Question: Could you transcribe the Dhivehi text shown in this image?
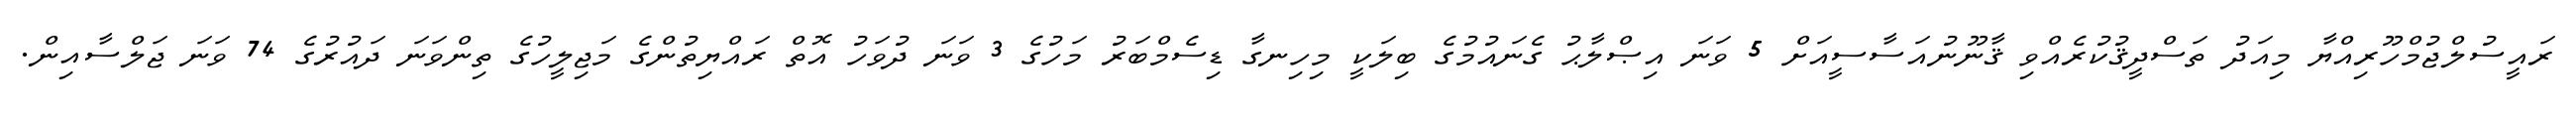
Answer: ރައީސުލްޖުމްހޫރިއްޔާ މިއަދު ތަސްދީޤުކުރެއްވި ޤާނޫނުއަސާސީއަށް 5 ވަނަ އިޞްލާޙު ގެނައުމުގެ ބިލަކީ މިހިނގާ ޑިސެމްބަރު މަހުގެ 3 ވަނަ ދުވަހު އޮތް ރައްޔިތުންގެ މަޖިލީހުގެ ތިންވަނަ ދައުރުގެ 74 ވަނަ ޖަލްސާއިން.